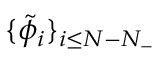
\{ \tilde { \phi } _ { i } \} _ { i \leq N - N _ { - } }